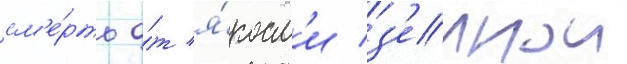
см'е́рть о́т я́рост'и з'емнои